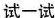
试一试